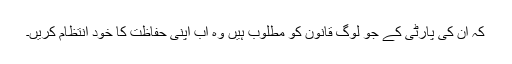
کہ ان کی پارٹی کے جو لوگ قانون کو مطلوب ہیں وہ اب اپنی حفاظت کا خود انتظام کریں۔